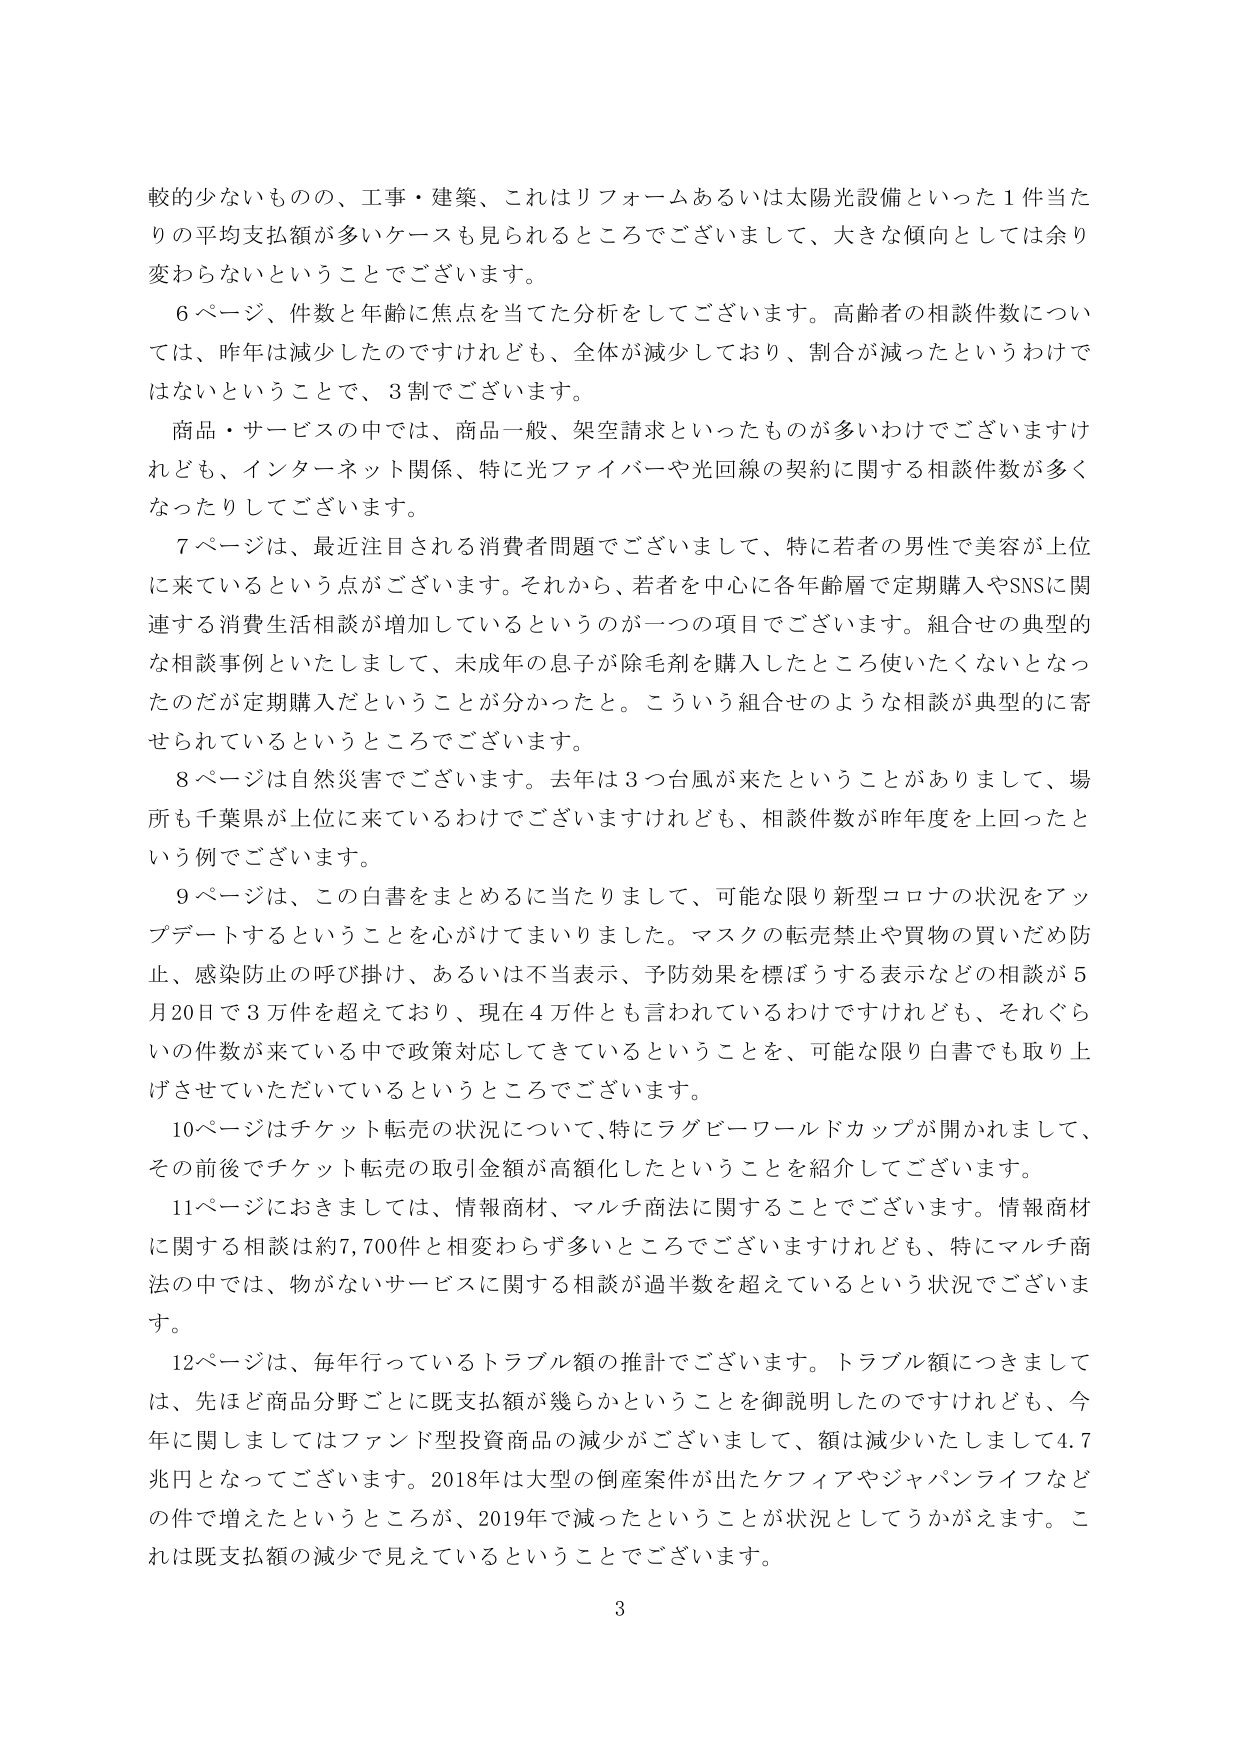
較的少ないものの、工事・建築、これはリフォームあるいは太陽光設備といった1件当たりの平均支払額が多いケースも見られるところでございまして、大きな傾向としては余り変わらないということでございます。

6ページ、件数と年齢に焦点を当てた分析をしてございます。高齢者の相談件数については、昨年は減少したのですけれども、全体が減少しており、割合が減ったというわけではないということで、3割でございます。

商品・サービスの中では、商品一般、架空請求といったものが多いわけでございますけれども、インターネット関係、特に光ファイバーや光回線の契約に関する相談件数が多くなったりしてございます。

7ページは、最近注目される消費者問題でございまして、特に若者の男性で美容が上位に来ているという点がございます。それから、若者を中心に各年齢層で定期購入やSNSに関連する消費生活相談が増加しているというのが一つの項目でございます。組合せの典型的な相談事例といたしまして、未成年の息子が除毛剤を購入したところ使いたくないとなったのだが定期購入だということが分かったと。こういう組合せのような相談が典型的に寄せられているというところでございます。

8ページは自然災害でございます。去年は3つ台風が来たということがありまして、場所も千葉県が上位に来ているわけでございますけれども、相談件数が昨年度を上回ったという例でございます。

9ページは、この白書をまとめるに当たりまして、可能な限り新型コロナの状況をアップデートするということを心がけてまいりました。マスクの転売禁止や買物の買いだめ防止、感染防止の呼び掛け、あるいは不当表示、予防効果を標ぼうする表示などの相談が5月20日で3万件を超えており、現在4万件とも言われているわけですけれども、それぐらいの件数が来ている中で政策対応してきているということを、可能な限り白書でも取り上げさせていただいているというところでございます。

10ページはチケット転売の状況について、特にラグビーワールドカップが開かれまして、その前後でチケット転売の取引金額が高額化したということを紹介してございます。

11ページにおきましては、情報商材、マルチ商法に関することでございます。情報商材に関する相談は約7,700件と相変わらず多いところでございますけれども、特にマルチ商法の中では、物がないサービスに関する相談が過半数を超えているという状況でございます。

12ページは、毎年行っているトラブル額の推計でございます。トラブル額につきましては、先ほど商品分野ごとに既支払額が幾らかということを御説明したのですけれども、今年に関しましてはファンド型投資商品の減少がございまして、額は減少いたしまして4.7兆円となってございます。2018年は大型の倒産案件が出たケフィアやジャパンライフなどの件で増えたというところが、2019年で減ったということが状況としてうかがえます。これは既支払額の減少で見えていいるということでございます。

3